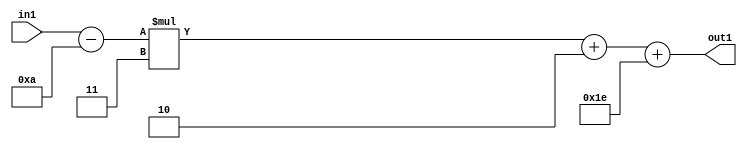
`timescale 1ps / 1ps
/*****************************************************************************
    Verilog RTL Description
    
    
    Created by: Stratus DpOpt 21.05.01 
*******************************************************************************/

module SobelFilter_Add2i30Add2i2Mul2i3Subi10s6_1 (
	in1,
	out1
	); /* architecture "behavioural" */ 
input [5:0] in1;
output [5:0] out1;
wire [5:0] asc001,
	asc003,
	asc004;

assign asc004 = 
	+(in1)
	-(6'B001010);

wire [5:0] asc003_tmp_0;
assign asc003_tmp_0 = 
	+(asc004 * 6'B000011);
assign asc003 = asc003_tmp_0
	+(6'B000010);

assign asc001 = 
	+(asc003)
	+(6'B011110);

assign out1 = asc001;
endmodule

/* CADENCE  uLnwSgo= : u9/ySxbfrwZIxEzHVQQV8Q== ** DO NOT EDIT THIS LINE ******/